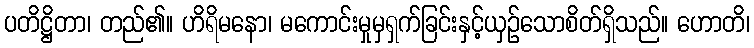
ပတိဋ္ဌိတာ၊ တည်၏။ ဟိရိမနော၊ မကောင်းမှုမှရှက်ခြင်းနှင့်ယှဉ်သောစိတ်ရှိသည်။ ဟောတိ၊